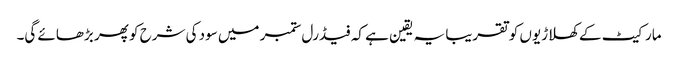
مارکیٹ کے کھلاڑیوں کو تقریبا یہ یقین ہے کہ فیڈرل ستمبر میں سود کی شرح کو پھر بڑھائے گی۔